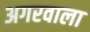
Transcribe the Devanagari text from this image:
अगरवाला